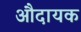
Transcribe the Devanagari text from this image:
औदायक